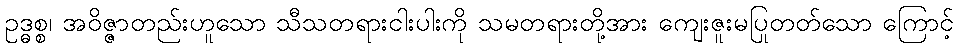
ဥဒ္ဓစ္စ၊ အဝိဇ္ဇာတည်းဟူသော သီသတရားငါးပါးကို သမတရားတို့အား ကျေးဇူးမပြုတတ်သော ကြောင့်